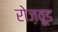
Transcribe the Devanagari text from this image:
रोज़वूड